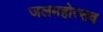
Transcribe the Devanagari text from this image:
जलमहोत्सव